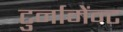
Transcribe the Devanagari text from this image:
टुर्नामेंन्ट